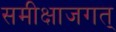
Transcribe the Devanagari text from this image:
समीक्षाजगत्